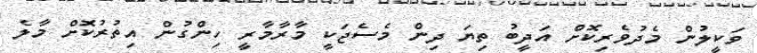
ވަކީލުން މެދުވެރިކޮށް އަދީބު ތިޔަ ދިން މެސެޖަކީ މާރާމާރީ ހިންގުން އިތުރުކޮށް މާލެ